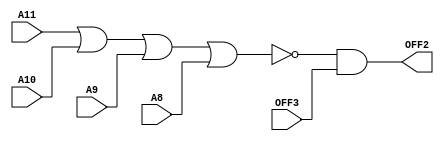
module checkoffDigit2 ( A11 , A10 , A9 , A8 ,OFF3 , OFF2 ) ;

input   A11 , A10 , A9 , A8 , OFF3 ;

output OFF2 ;

assign OFF2 =  ~( A11 | A10 | A9 | A8 ) & (OFF3) ;

endmodule